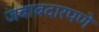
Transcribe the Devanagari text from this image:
जबाबदारपणे